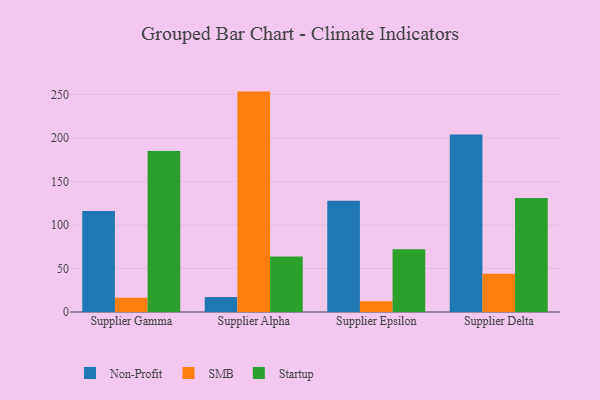
{"axis": {"x": "Supplier", "y": "Energy Usage (MWh)"}, "legend": ["Non-Profit", "SMB", "Startup"], "data": [{"x": "Supplier Gamma", "y": 116.0, "type": "Non-Profit"}, {"x": "Supplier Gamma", "y": 16.4, "type": "SMB"}, {"x": "Supplier Gamma", "y": 185.1, "type": "Startup"}, {"x": "Supplier Alpha", "y": 17.3, "type": "Non-Profit"}, {"x": "Supplier Alpha", "y": 253.2, "type": "SMB"}, {"x": "Supplier Alpha", "y": 63.9, "type": "Startup"}, {"x": "Supplier Epsilon", "y": 127.7, "type": "Non-Profit"}, {"x": "Supplier Epsilon", "y": 12.3, "type": "SMB"}, {"x": "Supplier Epsilon", "y": 72.1, "type": "Startup"}, {"x": "Supplier Delta", "y": 204.0, "type": "Non-Profit"}, {"x": "Supplier Delta", "y": 43.9, "type": "SMB"}, {"x": "Supplier Delta", "y": 130.9, "type": "Startup"}]}